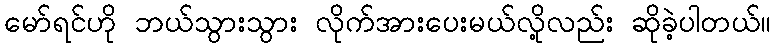
မော်ရင်ဟို ဘယ်သွားသွား လိုက်အားပေးမယ်လို့လည်း ဆိုခဲ့ပါတယ်။